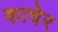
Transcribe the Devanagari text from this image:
काचेर